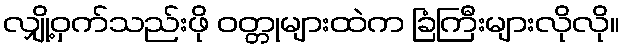
လျှို့ဝှက်သည်းဖို ဝတ္တုများထဲက ခြံကြီးများလိုလို။